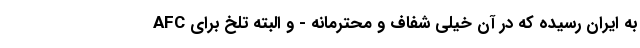
AFC به ایران رسیده که در آن خیلی شفاف و محترمانه - و البته تلخ برای